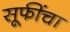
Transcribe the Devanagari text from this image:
सूफींचा